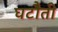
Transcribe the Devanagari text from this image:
घटौती